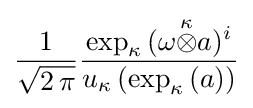
{1 \over {\sqrt {2\,\pi }}}{\exp _{\kappa }\,(\omega {\stackrel {\kappa }{\otimes }}a)^{i} \over u_{\kappa }\left(\exp _{\kappa }\,(a)\right)}